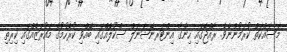
މަސައްކަތް ކުރަމުންނެވެ. ރާއްޖޭގައި ހިންގާ އިންޓަރނޭޝަނަލް ސްކޫލެއްގައި ބޭއްވި ކުރެހުމުގެ މައުރަޒެއްގައި ކިރިތި